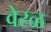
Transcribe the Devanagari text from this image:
वेरळ